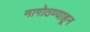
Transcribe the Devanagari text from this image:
नागोठण्याहून